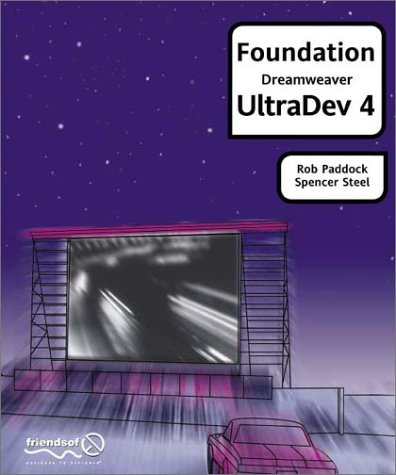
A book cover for Foundation Dreamweaver Ultradev 4; Spencer Steel; Computers & Technology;